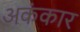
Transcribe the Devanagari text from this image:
अकंकार